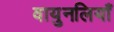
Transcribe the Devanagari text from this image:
वायुनलियाँ